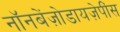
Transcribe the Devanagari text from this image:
नॉनबेंज़ोडायज़ेपींस